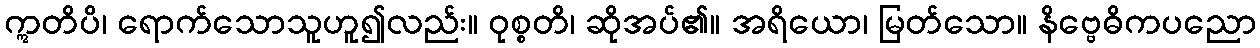
ဣတိပိ၊ ရောက်သောသူဟူ၍လည်း။ ဝုစ္စတိ၊ ဆိုအပ်၏။ အရိယော၊ မြတ်သော။ နိဗ္ဗေဓိကပညော